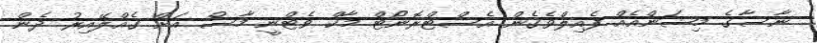
ނާސާގެ މިޝަންއެއް ފެއިލްވެގެން އެސްޓްރޮނޯޓް މާކް ވެޓްނީ މާސް އަށް ގެއްލޭއިރު ދެން